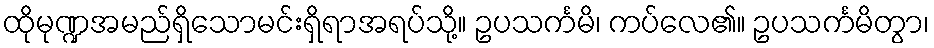
ထိုမုဏ္ဍအမည်ရှိသောမင်းရှိရာအရပ်သို့။ ဥပသင်္ကမိ၊ ကပ်လေ၏။ ဥပသင်္ကမိတွာ၊